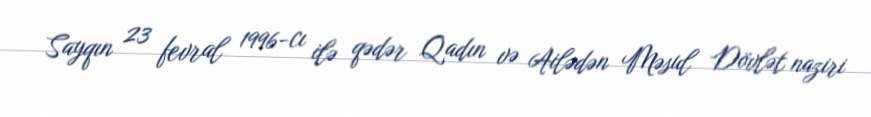
Sayqın 23 fevral 1996-cı ilə qədər Qadın və Ailədən Məsul Dövlət naziri